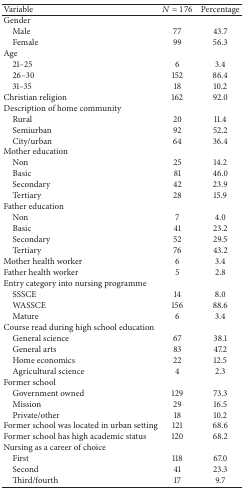
| Variable | N = 176 | Percentage |
 | --- | --- | --- |
 | Gender |  |  |
 | Male | 77 | 43.7 |
 | Female | 99 | 56.3 |
 | Age |  |  |
 | 21–25 | 6 | 3.4 |
 | 26–30 | 152 | 86.4 |
 | 31–35 | 18 | 10.2 |
 | Christian religion | 162 | 92.0 |
 | Description of home community |  |  |
 | Rural | 20 | 11.4 |
 | Semiurban | 92 | 52.2 |
 | City/urban | 64 | 36.4 |
 | Mother education |  |  |
 | Non | 25 | 14.2 |
 | Basic | 81 | 46.0 |
 | Secondary | 42 | 23.9 |
 | Tertiary | 28 | 15.9 |
 | Father education |  |  |
 | Non | 7 | 4.0 |
 | Basic | 41 | 23.2 |
 | Secondary | 52 | 29.5 |
 | Tertiary | 76 | 43.2 |
 | Mother health worker | 6 | 3.4 |
 | Father health worker | 5 | 2.8 |
 | Entry category into nursing programme |  |  |
 | SSSCE | 14 | 8.0 |
 | WASSCE | 156 | 88.6 |
 | Mature | 6 | 3.4 |
 | Course read during high school education |  |  |
 | General science | 67 | 38.1 |
 | General arts | 83 | 47.2 |
 | Home economics | 22 | 12.5 |
 | Agricultural science | 4 | 2.3 |
 | Former school |  |  |
 | Government owned | 129 | 73.3 |
 | Mission | 29 | 16.5 |
 | Private/other | 18 | 10.2 |
 | Former school was located in urban setting | 121 | 68.6 |
 | Former school has high academic status | 120 | 68.2 |
 | Nursing as a career of choice |  |  |
 | First | 118 | 67.0 |
 | Second | 41 | 23.3 |
 | Third/fourth | 17 | 9.7 |